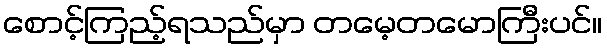
စောင့်ကြည့်ရသည်မှာ တမေ့တမောကြီးပင်။